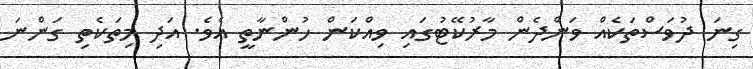
ގިނަ ދުވަސްތަކެއް ވަންދެން މާރުކޭޓުގައި ވިއްކަން ހުންނާތީ އެވެ. އަދި މިތަކެތި ގަންނަ